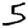
Digit: 5